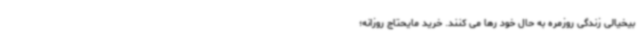
بیخیالی زندگی روزمره به حال خود رها می کنند. خرید مایحتاج روزانه؛